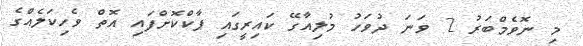
މި ނޮވެމްބަރު 2 ވަނަ ދުވަހު މުލިއާގޭ ކައިރީގައި ޕާކްކޮށްފައި އޮތް ވެހިކަލެއްގެ